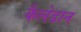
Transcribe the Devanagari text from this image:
कैलेडान